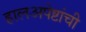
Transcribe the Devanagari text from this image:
हालअपेष्टांची